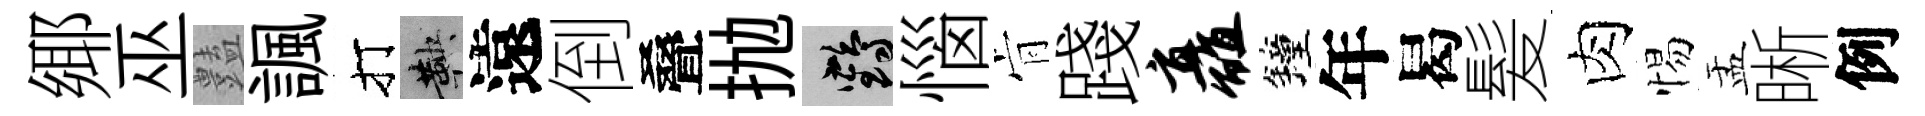
鄊巫𧰟諷打鞅遠倒叠抛鶴惱肻踐矗鐘年曷髪肉惕盂晰例